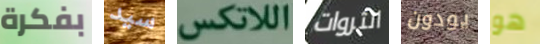
بفكرة سيد اللاتكس الثروات يودون هو